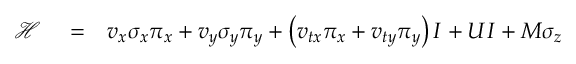
\begin{array} { r l r } { { \mathcal H } } & { { } = } & { v _ { x } \sigma _ { x } \pi _ { x } + v _ { y } \sigma _ { y } \pi _ { y } + \left( v _ { t x } \pi _ { x } + v _ { t y } \pi _ { y } \right) I + U I + M \sigma _ { z } } \end{array}